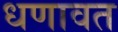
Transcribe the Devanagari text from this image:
धणावत